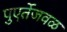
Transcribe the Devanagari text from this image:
पुएर्तेजवळ